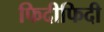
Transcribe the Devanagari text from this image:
फिदीफिदी